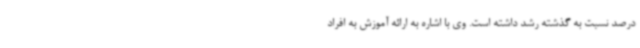
درصد نسبت به گذشته رشد داشته است. وی با اشاره به ارائه آموزش به افراد